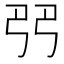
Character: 𠨓